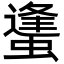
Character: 䗬